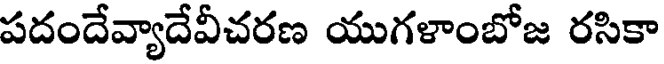
పదందేవ్యాదేవీచరణ యుగళాంబోజ రసికా